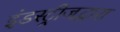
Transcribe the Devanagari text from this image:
इंडस्ट्रीजद्वारा